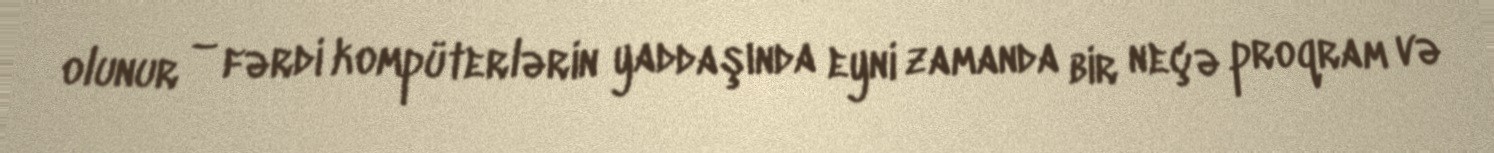
olunur – fərdi kompüterlərin yaddaşında eyni zamanda bir neçə proqram və